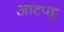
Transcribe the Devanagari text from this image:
आटपट्टु